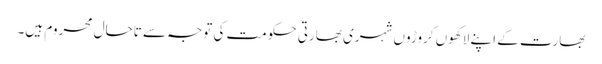
بھارت کے اپنے لاکھوں کروڑوں شہری بھارتی حکومت کی توجہ سے تاحال محروم ہیں۔